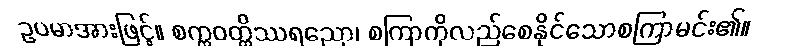
ဥပမာအားဖြင့်။ စက္ကဝတ္တိဿရညော၊ စကြာကိုလည်စေနိုင်သောစကြာမင်း၏။